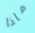
ماذا